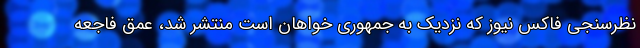
نظرسنجی فاکس نیوز که نزدیک به جمهوری خواهان است منتشر شد، عمق فاجعه